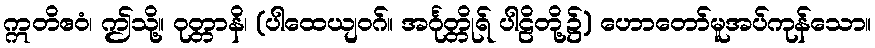
ဣတိဧဝံ၊ ဤသို့။ ဝုတ္တာနိ၊ (ပါထေယျဝဂ်။ အင်္ဂုတ္တိုရ် ပါဠိတို့၌) ဟောတော်မူအပ်ကုန်သော။